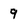
Character: 9